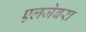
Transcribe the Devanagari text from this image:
एलजेबरा